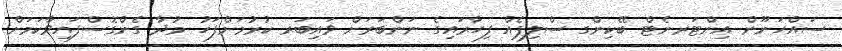
ސައްހަނޫން އިންޓަރނެޓް ބޭކިންގ ސްލިޕެއް ފިހާރައިގެ ނަންބަރަށް ވައިބަރ ކުރުމަށްފަހު މުދާ ގެންގޮސްފައިވާކަމަށް